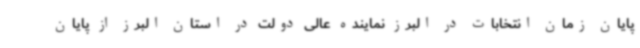
پایان زمان انتخابات در البرز نماینده عالی دولت در استان البرز از پایان